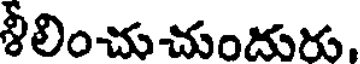
శీలించుచుందురు,